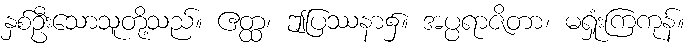
နှစ်ဦးသောသူတို့သည်။ ဧတ္ထ၊ ဤပြဿနာ၌။ အပ္ပရာဇိတာ၊ မရှုံးကြကုန်။